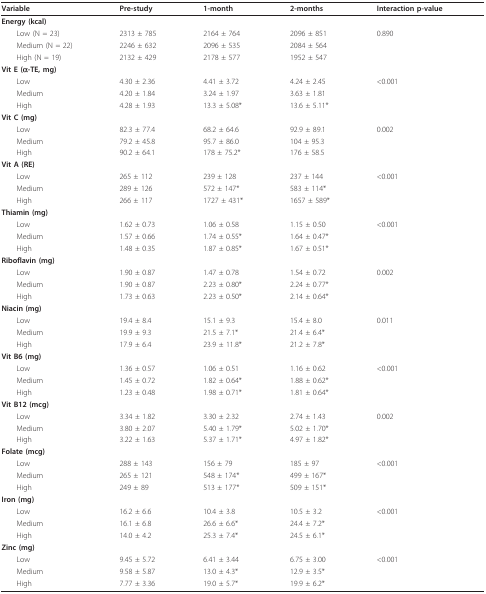
<table><thead><tr><td><b>Variable</b></td><td><b>Pre-study</b></td><td><b>1-month</b></td><td><b>2-months</b></td><td><b>Interaction p-value</b></td></tr></thead><tbody><tr><td><b>Energy (kcal)</b></td><td></td><td></td><td></td><td></td></tr><tr><td> Low (N = 23)</td><td>2313 ± 785</td><td>2164 ± 764</td><td>2096 ± 851</td><td>0.890</td></tr><tr><td> Medium (N = 22)</td><td>2246 ± 632</td><td>2096 ± 535</td><td>2084 ± 564</td><td></td></tr><tr><td> High (N = 19)</td><td>2132 ± 429</td><td>2178 ± 577</td><td>1952 ± 547</td><td></td></tr><tr><td><b>Vit E (α-TE, mg)</b></td><td></td><td></td><td></td><td></td></tr><tr><td> Low</td><td>4.30 ± 2.36</td><td>4.41 ± 3.72</td><td>4.24 ± 2.45</td><td>&lt;0.001</td></tr><tr><td> Medium</td><td>4.20 ± 1.84</td><td>3.24 ± 1.97</td><td>3.63 ± 1.81</td><td></td></tr><tr><td> High</td><td>4.28 ± 1.93</td><td>13.3 ± 5.08*</td><td>13.6 ± 5.11*</td><td></td></tr><tr><td><b>Vit C (mg)</b></td><td></td><td></td><td></td><td></td></tr><tr><td> Low</td><td>82.3 ± 77.4</td><td>68.2 ± 64.6</td><td>92.9 ± 89.1</td><td>0.002</td></tr><tr><td> Medium</td><td>79.2 ± 45.8</td><td>95.7 ± 86.0</td><td>104 ± 95.3</td><td></td></tr><tr><td> High</td><td>90.2 ± 64.1</td><td>178 ± 75.2*</td><td>176 ± 58.5</td><td></td></tr><tr><td><b>Vit A (RE)</b></td><td></td><td></td><td></td><td></td></tr><tr><td> Low</td><td>265 ± 112</td><td>239 ± 128</td><td>237 ± 144</td><td>&lt;0.001</td></tr><tr><td> Medium</td><td>289 ± 126</td><td>572 ± 147*</td><td>583 ± 114*</td><td></td></tr><tr><td> High</td><td>266 ± 117</td><td>1727 ± 431*</td><td>1657 ± 589*</td><td></td></tr><tr><td><b>Thiamin (mg)</b></td><td></td><td></td><td></td><td></td></tr><tr><td> Low</td><td>1.62 ± 0.73</td><td>1.06 ± 0.58</td><td>1.15 ± 0.50</td><td>&lt;0.001</td></tr><tr><td> Medium</td><td>1.57 ± 0.66</td><td>1.74 ± 0.55*</td><td>1.64 ± 0.47*</td><td></td></tr><tr><td> High</td><td>1.48 ± 0.35</td><td>1.87 ± 0.85*</td><td>1.67 ± 0.51*</td><td></td></tr><tr><td><b>Riboflavin (mg)</b></td><td></td><td></td><td></td><td></td></tr><tr><td> Low</td><td>1.90 ± 0.87</td><td>1.47 ± 0.78</td><td>1.54 ± 0.72</td><td>0.002</td></tr><tr><td> Medium</td><td>1.90 ± 0.87</td><td>2.23 ± 0.80*</td><td>2.24 ± 0.77*</td><td></td></tr><tr><td> High</td><td>1.73 ± 0.63</td><td>2.23 ± 0.50*</td><td>2.14 ± 0.64*</td><td></td></tr><tr><td><b>Niacin (mg)</b></td><td></td><td></td><td></td><td></td></tr><tr><td> Low</td><td>19.4 ± 8.4</td><td>15.1 ± 9.3</td><td>15.4 ± 8.0</td><td>0.011</td></tr><tr><td> Medium</td><td>19.9 ± 9.3</td><td>21.5 ± 7.1*</td><td>21.4 ± 6.4*</td><td></td></tr><tr><td> High</td><td>17.9 ± 6.4</td><td>23.9 ± 11.8*</td><td>21.2 ± 7.8*</td><td></td></tr><tr><td><b>Vit B6 (mg)</b></td><td></td><td></td><td></td><td></td></tr><tr><td> Low</td><td>1.36 ± 0.57</td><td>1.06 ± 0.51</td><td>1.16 ± 0.62</td><td>&lt;0.001</td></tr><tr><td> Medium</td><td>1.45 ± 0.72</td><td>1.82 ± 0.64*</td><td>1.88 ± 0.62*</td><td></td></tr><tr><td> High</td><td>1.23 ± 0.48</td><td>1.98 ± 0.71*</td><td>1.81 ± 0.64*</td><td></td></tr><tr><td><b>Vit B12 (mcg)</b></td><td></td><td></td><td></td><td></td></tr><tr><td> Low</td><td>3.34 ± 1.82</td><td>3.30 ± 2.32</td><td>2.74 ± 1.43</td><td>0.002</td></tr><tr><td> Medium</td><td>3.80 ± 2.07</td><td>5.40 ± 1.79*</td><td>5.02 ± 1.70*</td><td></td></tr><tr><td> High</td><td>3.22 ± 1.63</td><td>5.37 ± 1.71*</td><td>4.97 ± 1.82*</td><td></td></tr><tr><td><b>Folate (mcg)</b></td><td></td><td></td><td></td><td></td></tr><tr><td> Low</td><td>288 ± 143</td><td>156 ± 79</td><td>185 ± 97</td><td>&lt;0.001</td></tr><tr><td> Medium</td><td>265 ± 121</td><td>548 ± 174*</td><td>499 ± 167*</td><td></td></tr><tr><td> High</td><td>249 ± 89</td><td>513 ± 177*</td><td>509 ± 151*</td><td></td></tr><tr><td><b>Iron (mg)</b></td><td></td><td></td><td></td><td></td></tr><tr><td> Low</td><td>16.2 ± 6.6</td><td>10.4 ± 3.8</td><td>10.5 ± 3.2</td><td>&lt;0.001</td></tr><tr><td> Medium</td><td>16.1 ± 6.8</td><td>26.6 ± 6.6*</td><td>24.4 ± 7.2*</td><td></td></tr><tr><td> High</td><td>14.0 ± 4.2</td><td>25.3 ± 7.4*</td><td>24.5 ± 6.1*</td><td></td></tr><tr><td><b>Zinc (mg)</b></td><td></td><td></td><td></td><td></td></tr><tr><td> Low</td><td>9.45 ± 5.72</td><td>6.41 ± 3.44</td><td>6.75 ± 3.00</td><td>&lt;0.001</td></tr><tr><td> Medium</td><td>9.58 ± 5.87</td><td>13.0 ± 4.3*</td><td>12.9 ± 3.5*</td><td></td></tr><tr><td> High</td><td>7.77 ± 3.36</td><td>19.0 ± 5.7*</td><td>19.9 ± 6.2*</td><td></td></tr></tbody></table>